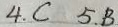
4 . C 5 . B